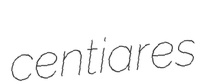
centiares